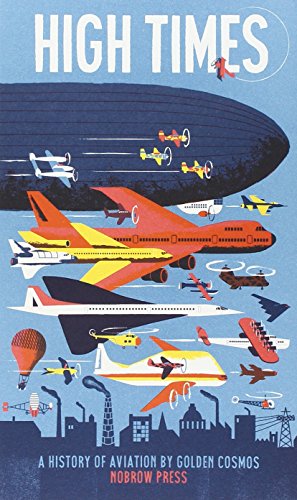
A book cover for High Times: A History of Aviation (Leporello); Golden Cosmos; Children's Books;